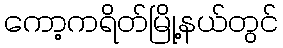
ကော့ကရိတ်မြို့နယ်တွင်